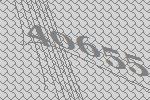
40655